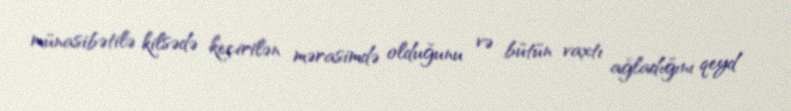
münasibətilə kilsədə keçirilən mərasimdə olduğunu və bütün vaxtı ağladığını qeyd